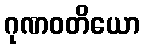
ဂုဏဝတိယော